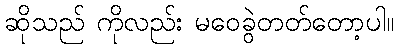
ဆိုသည် ကိုလည်း မဝေခွဲတတ်တော့ပါ။